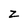
Character: z